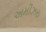
અમીઝરા